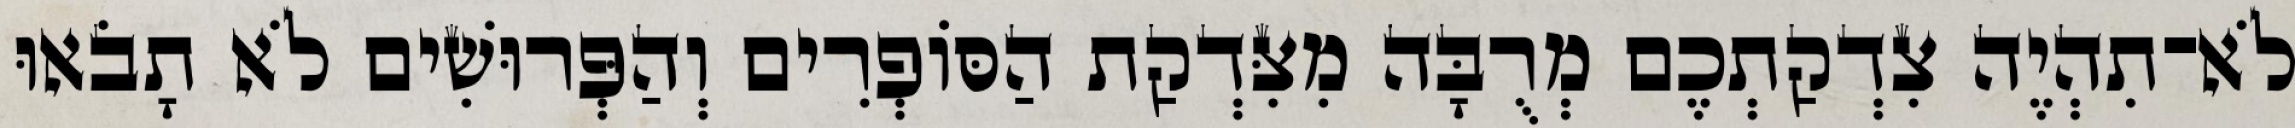
לֹא־תִהְיֶה צִדְקַתְכֶם מְרֻבָּה מִצִּדְקַת הַסּוֹפְרִים וְהַפְּרוּשִׁים לֹא תָבֹאוּ